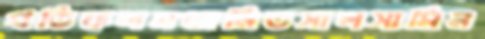
প্রতিফলনজনিতসালসামিন